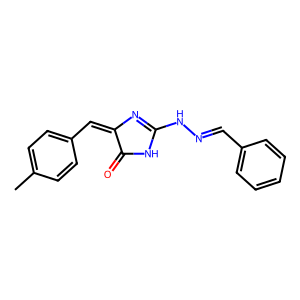
SMILES: Cc1ccc(C=C2N=C(NN=Cc3ccccc3)NC2=O)cc1
Inhibits HIV replication: No